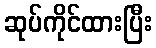
ဆုပ်ကိုင်ထားပြီး